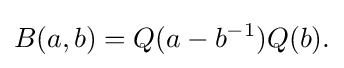
\displaystyle {B(a,b)=Q(a-b^{-1})Q(b).}